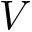
V